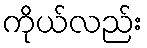
ကိုယ်လည်း